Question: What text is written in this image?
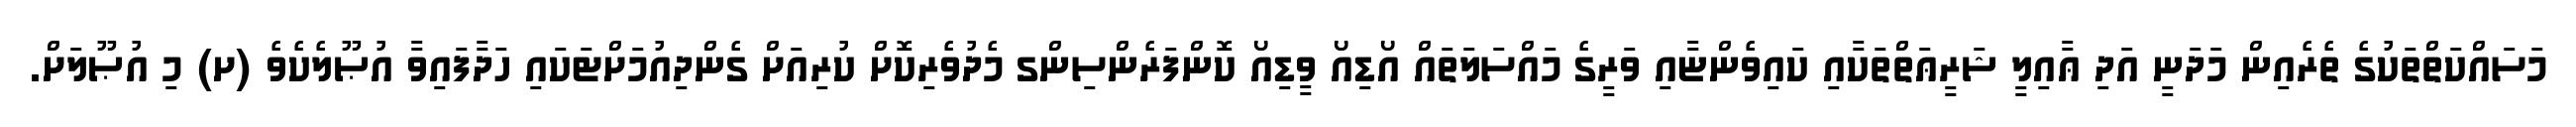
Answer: މަސައްކަތްތަކުގެ ތެރެއިން މަދަނީ އަދި ޢާއިލީ ޝަރީޢަތްތަކާއި ކައިވެންޏާއި ވަރީގެ މައްސަލަތައް އޯޑިއޯ ވީޑިއޯ ކޮންފަރެންސިންގ މެދުވެރިކޮށް ކުރިއަށް ގެންދިއުމަށްޓަކައި ހަދާފައިވާ އުޞޫލެކެވެ (ށ) މި އުޞޫލަށް.